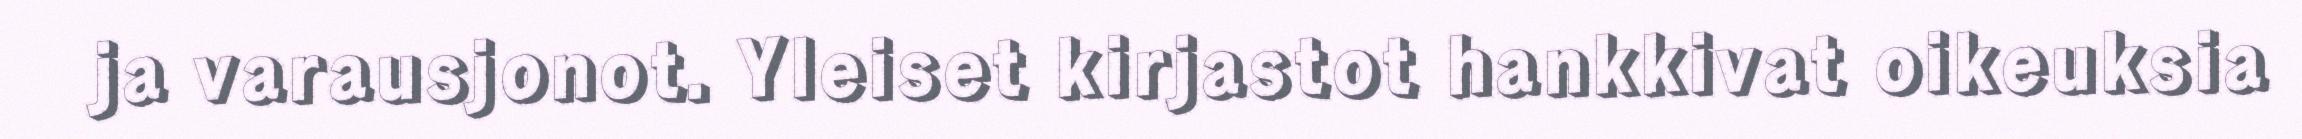
ja varausjonot. Yleiset kirjastot hankkivat oikeuksia